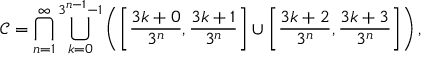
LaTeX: { \mathcal { C } } = \bigcap _ { n = 1 } ^ { \infty } \bigcup _ { k = 0 } ^ { 3 ^ { n - 1 } - 1 } \left( \left[ { \frac { 3 k + 0 } { 3 ^ { n } } } , { \frac { 3 k + 1 } { 3 ^ { n } } } \right] \cup \left[ { \frac { 3 k + 2 } { 3 ^ { n } } } , { \frac { 3 k + 3 } { 3 ^ { n } } } \right] \right) ,